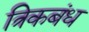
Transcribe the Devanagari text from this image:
त्रिकबंध